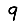
Digit: 9